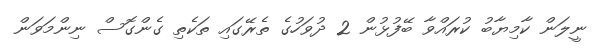
ނީލަން ކާމިޔާބު ކުރައްވާ ބޭފުޅުން 2 ދުވަހުގެ ތެރޭގައި ތަކެތި ގެންގޮސް ނިންމަވަން